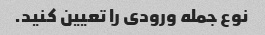
نوع جمله ورودی را تعیین کنید.